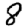
Digit: 8